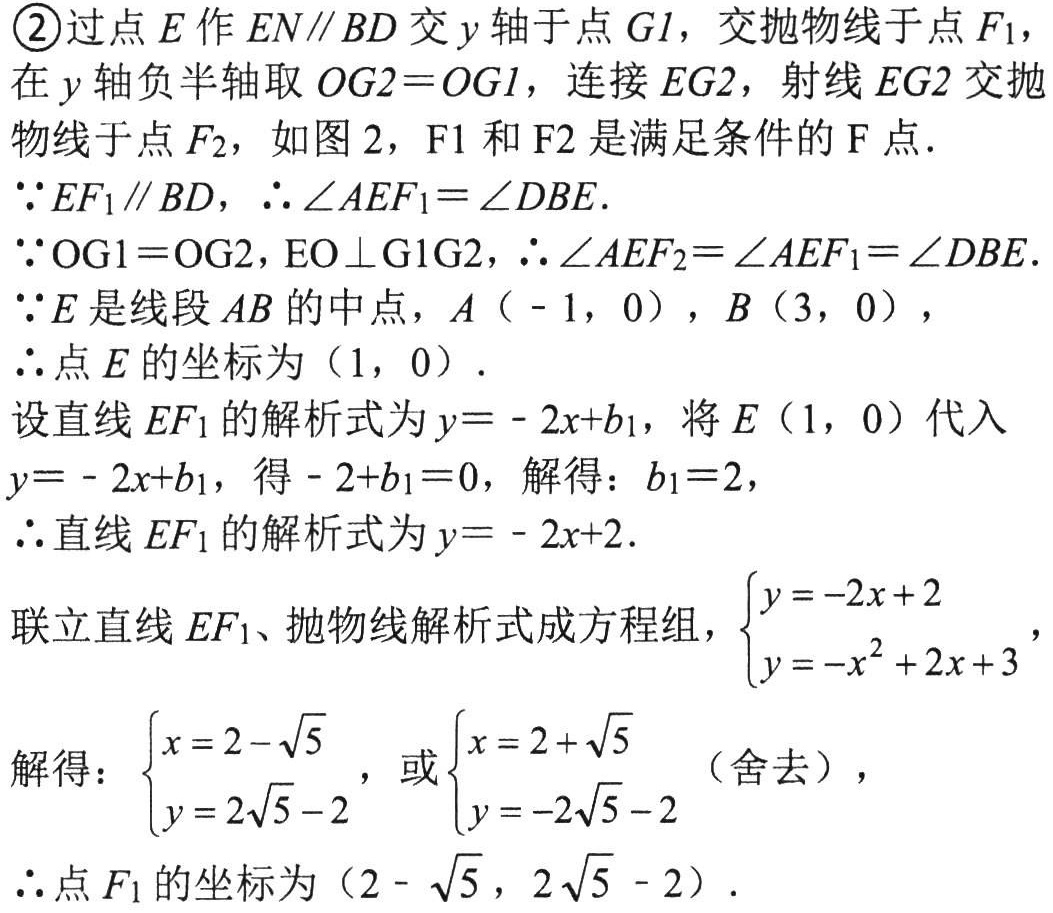
\textcircled{2}过点\(E\)作\(EN\parallel BD\)交\(y\)轴于点\(G1\)，交抛物线于点\(F_1\)，在\(y\)轴负半轴取\(OG2 = OG1\)，连接\(EG2\)，射线\(EG2\)交抛物线于点\(F_2\)，如图2，\(F1\)和\(F2\)是满足条件的\(F\)点．
\(\because EF_1\parallel BD\)，\(\therefore\angle AEF_1=\angle DBE\)．
\(\because OG1 = OG2\)，\(EO\perp G1G2\)，\(\therefore\angle AEF_2=\angle AEF_1=\angle DBE\)．
\(\because E\)是线段\(AB\)的中点，\(A(-1,0)\)，\(B(3,0)\)，
\(\therefore\)点\(E\)的坐标为\((1,0)\)．
设直线\(EF_1\)的解析式为\(y = - 2x + b_1\)，将\(E(1,0)\)代入\(y = - 2x + b_1\)，得\(- 2 + b_1 = 0\)，解得：\(b_1 = 2\)，
\(\therefore\)直线\(EF_1\)的解析式为\(y = - 2x + 2\)．
联立直线\(EF_1\)、抛物线解析式成方程组，\(\begin{cases}y = - 2x + 2\\y = - x^2 + 2x + 3\end{cases}\)，
解得：\(\begin{cases}x = 2 - \sqrt{5}\\y = 2\sqrt{5} - 2\end{cases}\)，或\(\begin{cases}x = 2 + \sqrt{5}\\y = - 2\sqrt{5} - 2\end{cases}\)（舍去），
\(\therefore\)点\(F_1\)的坐标为\((2 - \sqrt{5},2\sqrt{5} - 2)\)．